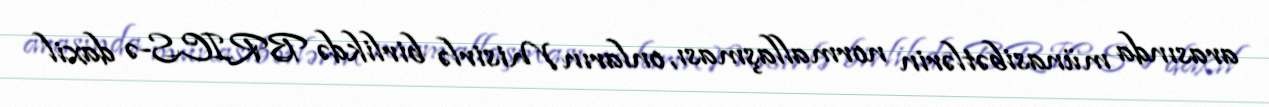
arasında münasibətlərin normallaşması, onların Misirlə birlikdə BRICS-ə daxil